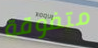
متفوقة